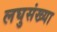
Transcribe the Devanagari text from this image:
लघुसंख्या